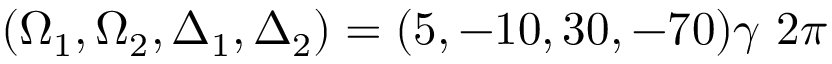
( \Omega _ { 1 } , \Omega _ { 2 } , \Delta _ { 1 } , \Delta _ { 2 } ) = ( 5 , - 1 0 , 3 0 , - 7 0 ) \gamma ~ 2 \pi